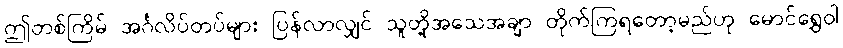
ဤတစ်ကြိမ် အင်္ဂလိပ်တပ်များ ပြန်လာလျှင် သူတို့အသေအချာ တိုက်ကြရတော့မည်ဟု မောင်ရွှေဝါ